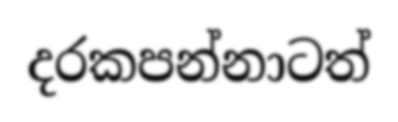
දරකපන්නාටත්